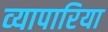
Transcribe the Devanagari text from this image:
व्‍यापारिया